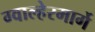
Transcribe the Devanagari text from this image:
ग्वाल्हेरमार्गे